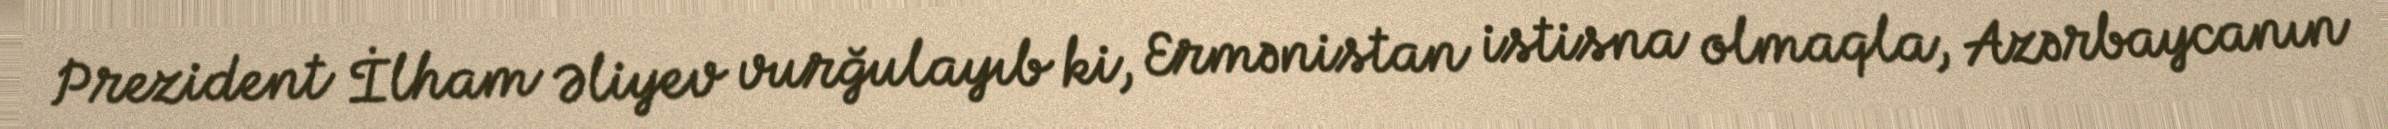
Prezident İlham Əliyev vurğulayıb ki, Ermənistan istisna olmaqla, Azərbaycanın